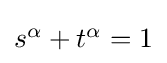
\textstyle s^{\alpha }+t^{\alpha }=1